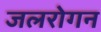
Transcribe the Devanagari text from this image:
जलरोगन